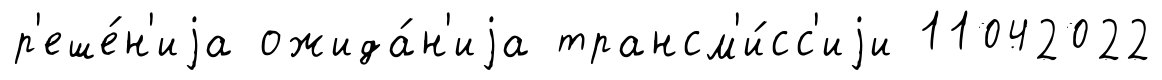
р'еше́н'иjа ожида́н'иjа трансм'и́сс'иjи 11042022